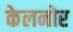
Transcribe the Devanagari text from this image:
केलनोर